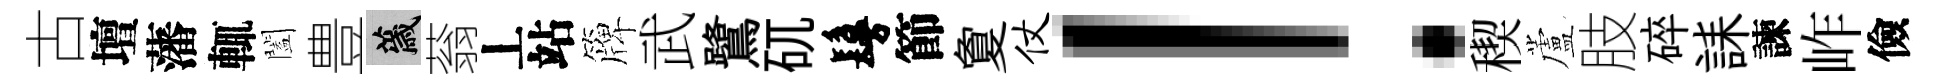
古壇藩輒闔豊薉蓊丄站簰武鷺矹鬘節夐仗！稧蘆肢碎誄諫岞儉